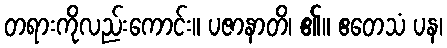
တရားကိုလည်းကောင်း။ ပဇာနာတိ၊ ၏။ ဧတေသံ ပန၊